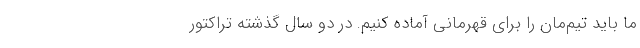
ما باید تیم‌مان را برای قهرمانی آماده کنیم. در دو سال گذشته تراکتور